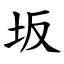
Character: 坂